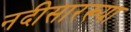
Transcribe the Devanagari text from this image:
नदीसारख्या